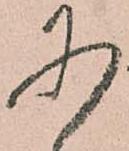
に